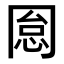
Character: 𠕡